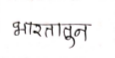
मजकूर: भारतातून